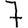
Digit: 7